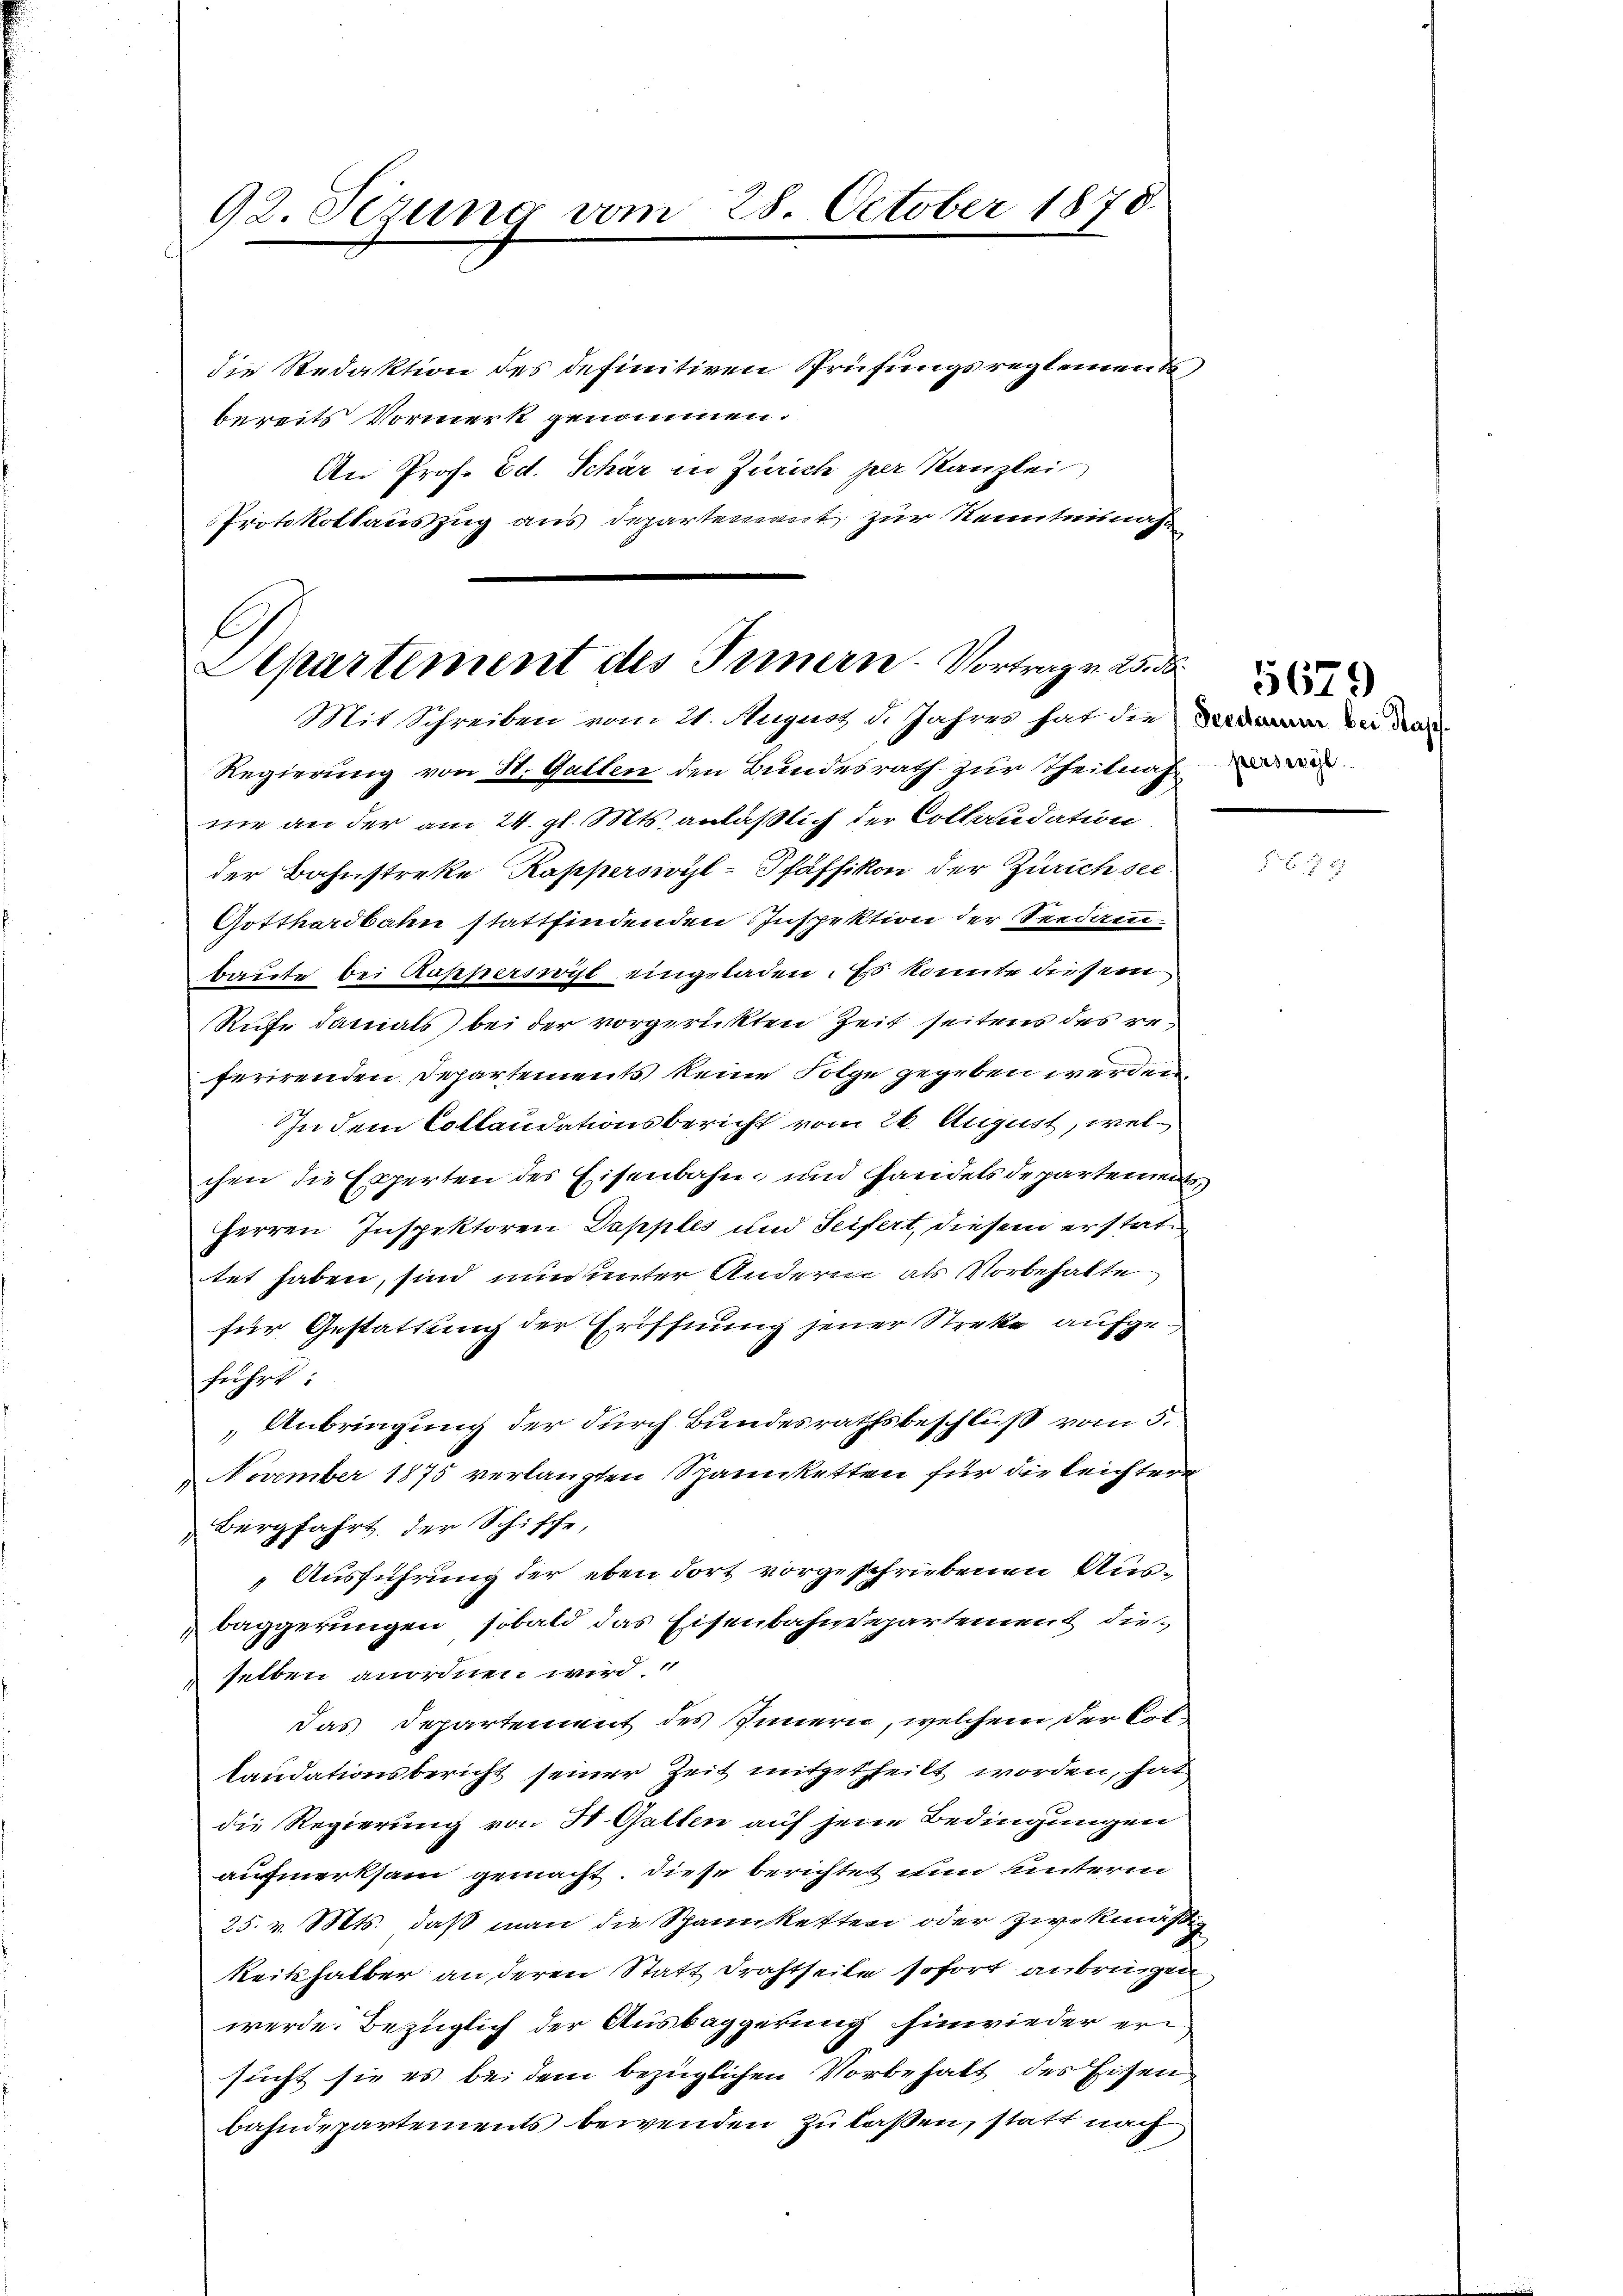
92. Sezung vom

28. October 1878.

die Redaktion des definitiven Prüfungsreglement,
bereits Vormerk genommen.
An Prof. Ed. Schär in Zürich per Kanzlei
Protokollauszug aus departement zur Kenntnisnahm

f
Aepartement des Innern. Vortrag v. 25. d.
Mit Schreiben vom 21. August d. Jahres hat die bei de

Regierung von St. Gallen den Bundesrath zur Theilnah
ne an der am 24. gl. Mts. anläßlich der Collaudation
der Bahnstreke Kapperswyl-Pfäffikon der Zürichsee
Gotthardbahn stattfindenden Inspektion der Seedam
baute bei Rappersweist eingeladen. Es konnte diesem
Rufe danials) bei der vorgerickten Zeit seitens des referirenden Departements keine Folge gegeben werden.
In dem Collaudationsbericht vom 26. August, welchen die Experten des Eisenbahn- und Handelsdepartement
Herren Inspektoren Dapples und Seifert, diesem erstattet haben, sind nun unter Anderen als Vorbehalte
für Gestattung der Eröffnung jener Streke aufgeführt:
Anbringung der durch Bundesrathsbeschluß vom 5.
 November 1875 verlangten Spannketten für die Leichtern
Bergfahrt, der Schische,
Ausführung der eben dort vorgeschriebenen Ausbaggerungen, sobald das Eisenbahndepartement die-
4
selben anordnen wird.
das Departement des Innern, welchem der Collaudationsbericht seiner Zeit mitgetheilt worden, hat
die Regierung von H. Gallen auf jene Bedingungen
aufmerksam gemacht. Diese berichtet nun unterm
25. v. Mts. daß man die Spannketten oder zwekmäßig
Reitshalber an deren Statt Drahtseite sofort anbringen,
werde. Bezüglich der Ausbaggerung hinwieder ersucht sie es bei dem bezüglichen Vorbehalt des Eisen
bahndepartements bewenden zu laßen, statt nach

5679